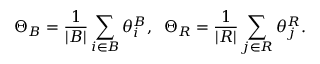
\Theta _ { B } = \frac { 1 } { | { \cal { B } } | } \sum _ { i \in { \cal { B } } } \theta _ { i } ^ { B } , \; \; \Theta _ { R } = \frac { 1 } { | { \cal { R } } | } \sum _ { j \in { \cal { R } } } \theta _ { j } ^ { R } .